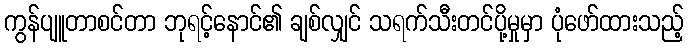
ကွန်ပျူတာစင်တာ ဘုရင့်နောင်၏ ချစ်လျှင် သရက်သီးတင်ပို့မှုမှာ ပုံဖော်ထားသည့်